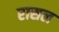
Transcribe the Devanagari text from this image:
रासल